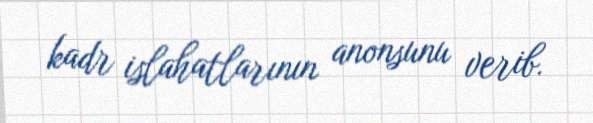
kadr islahatlarının anonsunu verib.